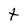
Character: t